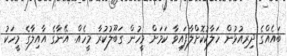
ބައެއްގެ ދިރިއުޅުން ހަލާކުކޮށްލާފައިވާ ކަމަށް މީހުން ގަބޫލުކުރާ މީހެއް. އޭނާގެ އާއިލާގެ މީހަކު